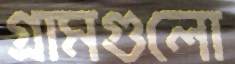
গ্রামগুলো